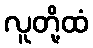
လူတို့ထံ